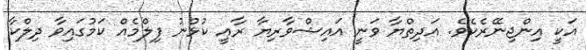
އަކީ އިންޖިނޭރެކެވެ. އަދިތްޔާ ވަނީ އައިޝްވާރިޔާ ރާއީ ކުޅުނު ފިލްމެއް ކަމުގައިވާ ދިލްކާ